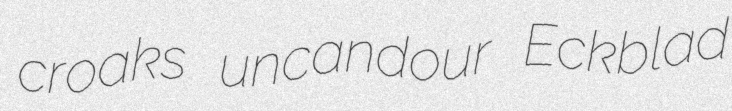
croaks uncandour Eckblad